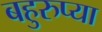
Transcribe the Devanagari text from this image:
बहुरुप्या